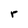
Character: r